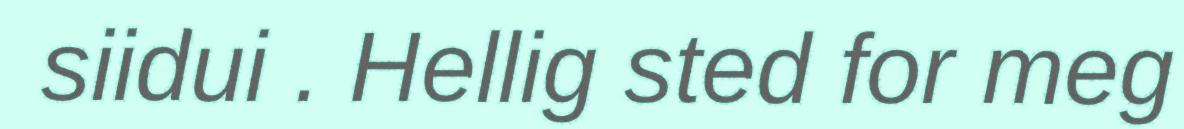
siidui . Hellig sted for meg